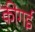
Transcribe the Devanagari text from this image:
कीगई